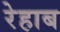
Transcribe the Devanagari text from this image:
रेहाब